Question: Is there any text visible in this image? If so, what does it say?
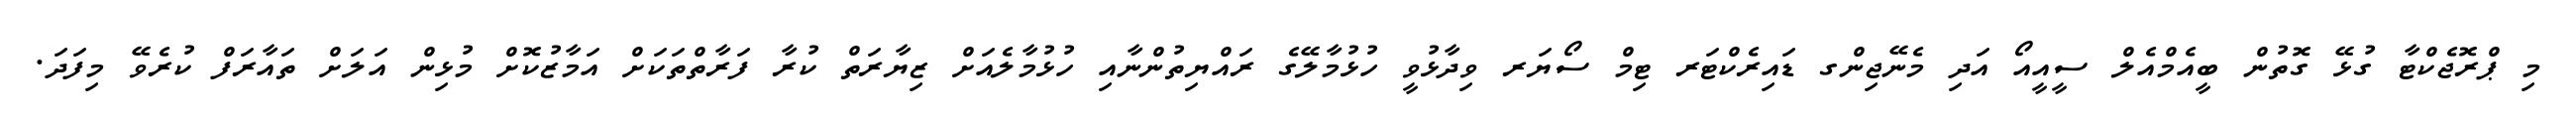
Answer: މި ޕްރޮޖެކްޓާ ގުޅޭ ގޮތުން ބީއެމްއެލް ސީއީއޯ އަދި މެނޭޖިންގ ޑައިރެކްޓަރ ޓިމް ސޯޔަރ ވިދާޅުވީ ހުޅުމާލޭގެ ރައްޔިތުންނާއި ހުޅުމާލެއަށް ޒިޔާރަތް ކުރާ ފަރާތްތަކަށް އަމާޒުކޮށް މުޅިން އަލަށް ތައާރަފް ކުރެވޭ މިފަދަ.